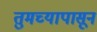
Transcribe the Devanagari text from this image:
तुमच्यापासून